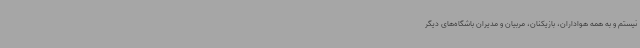
نیستم و به همه هواداران، بازیکنان، مربیان و مدیران باشگاه‌های دیگر